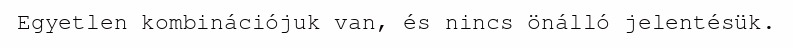
Egyetlen kombinációjuk van, és nincs önálló jelentésük.